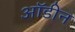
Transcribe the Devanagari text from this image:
ऑडीन